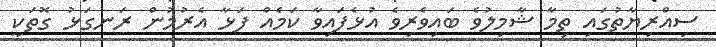
ސިއްރިޔާތުގައި ތިމާ ޝާމިލުވެ ބައިވެރިވެ އުޅެފައިވާ ކަމެއް ފަޅާ އެރުމުން ރަނގަޅު ގޮތަކީ